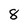
Character: 8